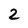
Character: 2